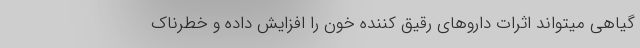
گیاهی میتواند اثرات داروهای رقیق کننده خون را افزایش داده و خطرناک